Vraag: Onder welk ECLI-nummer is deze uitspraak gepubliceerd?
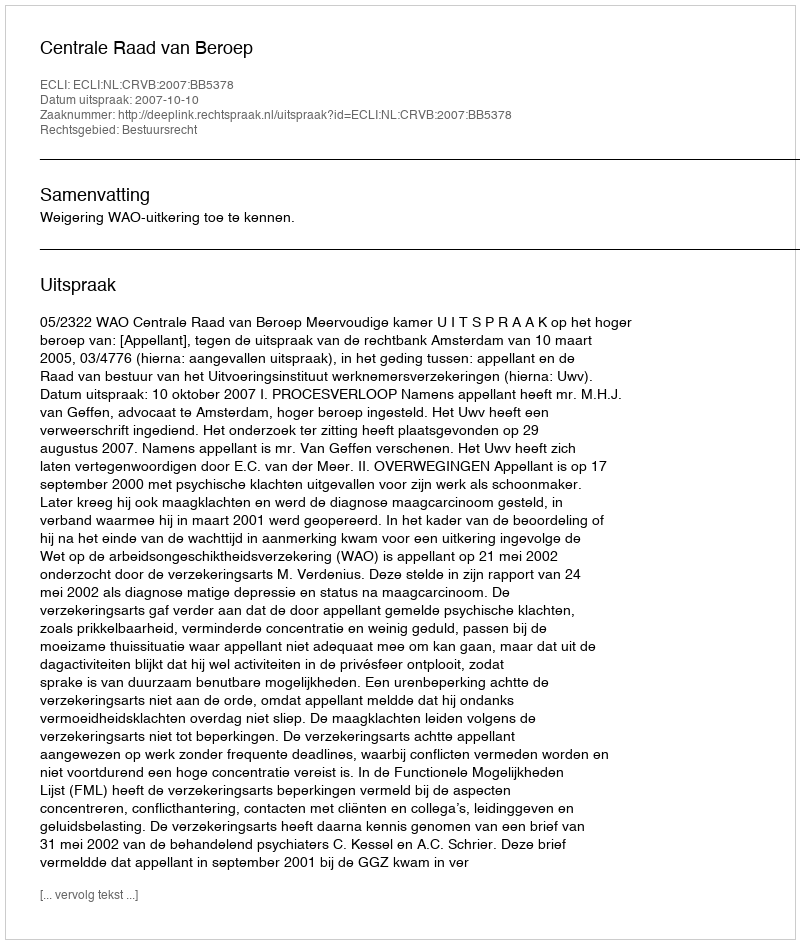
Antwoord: ECLI:NL:CRVB:2007:BB5378